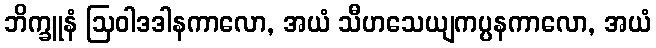
ဘိက္ခူနံ ဩဝါဒဒါနကာလော, အယံ သီဟသေယျကပ္ပနကာလော, အယံ